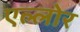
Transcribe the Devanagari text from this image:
एल्लोर